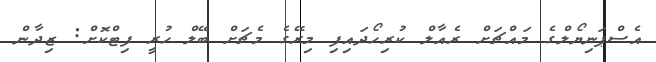
އެސްޕަނިޔޯލްގެ މައްޗަށް ރެއާލް ކުރިހޯދައިފި މިރޭގެ މެޗަށް ބޭލް ހުރީ ފިޓްކޮށް: ޒިދާން